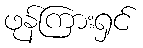
ဖုန်ကြားရှင်